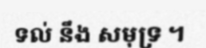
ទល់ នឹង សមុទ្រ ។